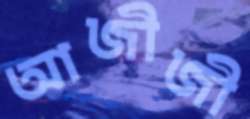
আজীজী